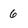
Character: 6